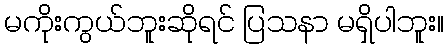
မကိုးကွယ်ဘူးဆိုရင် ပြသနာ မရှိပါဘူး။